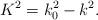
LaTeX: \begin{align*}K^{2}=k_{0}^{2}-k^{2}.\end{align*}